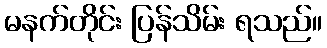
မနက်တိုင်း ပြန်သိမ်း ရသည်။